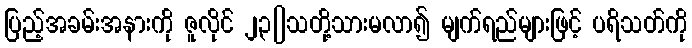
ပြည့်အခမ်းအနားကို ဇူလိုင် ၂၃[]သတို့သားမလာ၍ မျက်ရည်များဖြင့် ပရိသတ်ကို